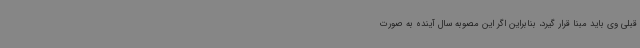
قبلی وی باید مبنا قرار گیرد، بنابراین اگر این مصوبه سال آینده به صورت